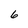
Character: 6